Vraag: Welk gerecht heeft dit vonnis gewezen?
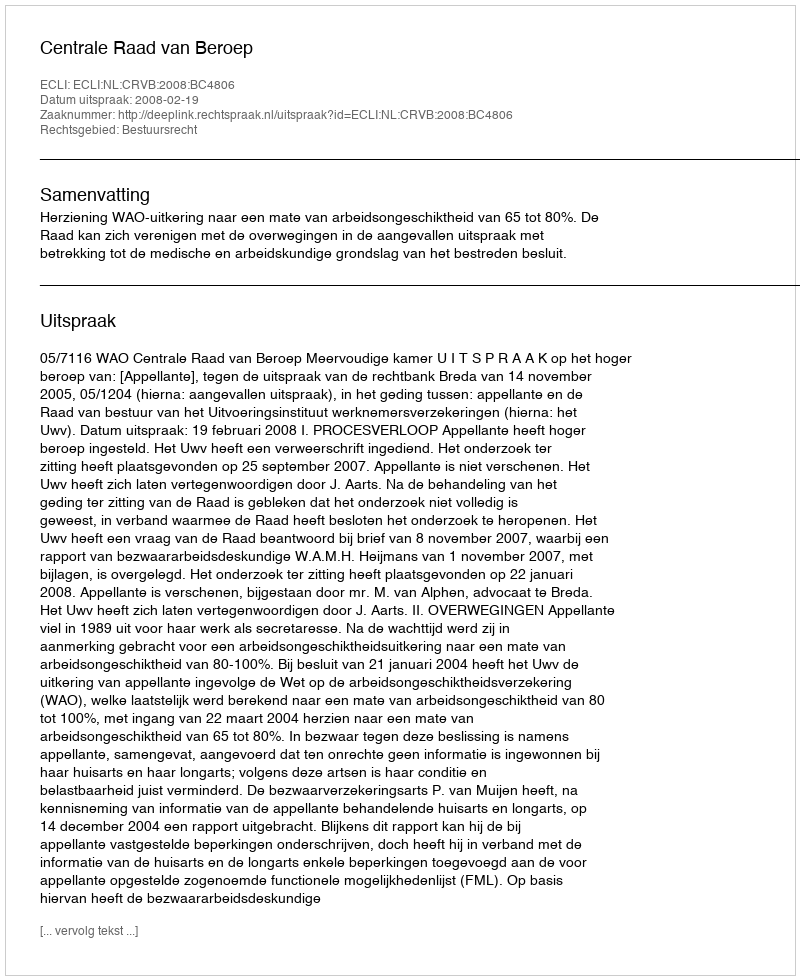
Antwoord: Centrale Raad van Beroep